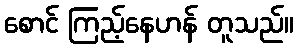
စောင် ကြည့်နေဟန် တူသည်။